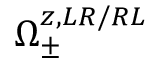
\Omega _ { \pm } ^ { z , L R / R L }